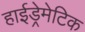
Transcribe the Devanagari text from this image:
हाईड्रेमेटिक